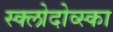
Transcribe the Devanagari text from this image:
स्क्लोदोव्स्का